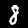
Digit: 8